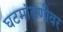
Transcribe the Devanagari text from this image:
घटमांडणीवर